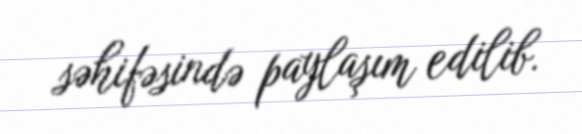
səhifəsində paylaşım edilib.